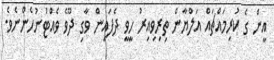
އީން ގެ ކުރިމައްޗައް އަލްޔާން ތިރިވިއިރު ހީވީ ދެފައިން ވާގި ދޫވެ ވެއްޓުނުހެންނެވެ.